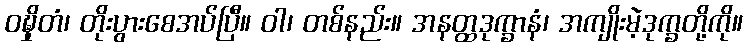
ဝဍ္ဎှိတံ၊ တိုးပွားစေအပ်ပြီ။ ဝါ၊ တစ်နည်း။ အနတ္ထဒုက္ခာနံ၊ အကျိုးမဲ့ဒုက္ခတို့ကို။